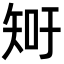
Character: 𥎿